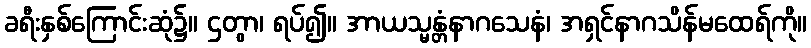
ခရီးနှစ်ကြောင်းဆုံ၌။ ဌတွာ၊ ရပ်၍။ အာယသ္မန္တံနာဂသေနံ၊ အရှင်နာဂသိန်မထေရ်ကို။